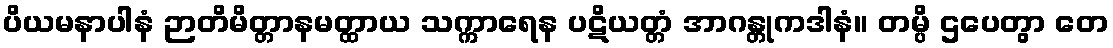
ပိယမနာပါနံ ဉာတိမိတ္တာနမတ္ထာယ သက္ကာရေန ပဋိယတ္တံ အာဂန္တုကဒါနံ။ တမ္ပိ ဌပေတွာ တေ